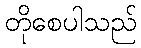
တိုစေပါသည်